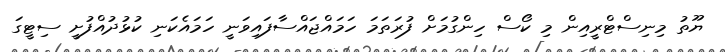
ޔޫތު މިނިސްޓްރީއިން މި ކޯސް ހިންގުމަށް ފުރަތަމަ ހަމައްޖައްސާފައިވަނީ ހަމައެކަނި ކުޅުދުއްފުށީ ސިޓީގަ